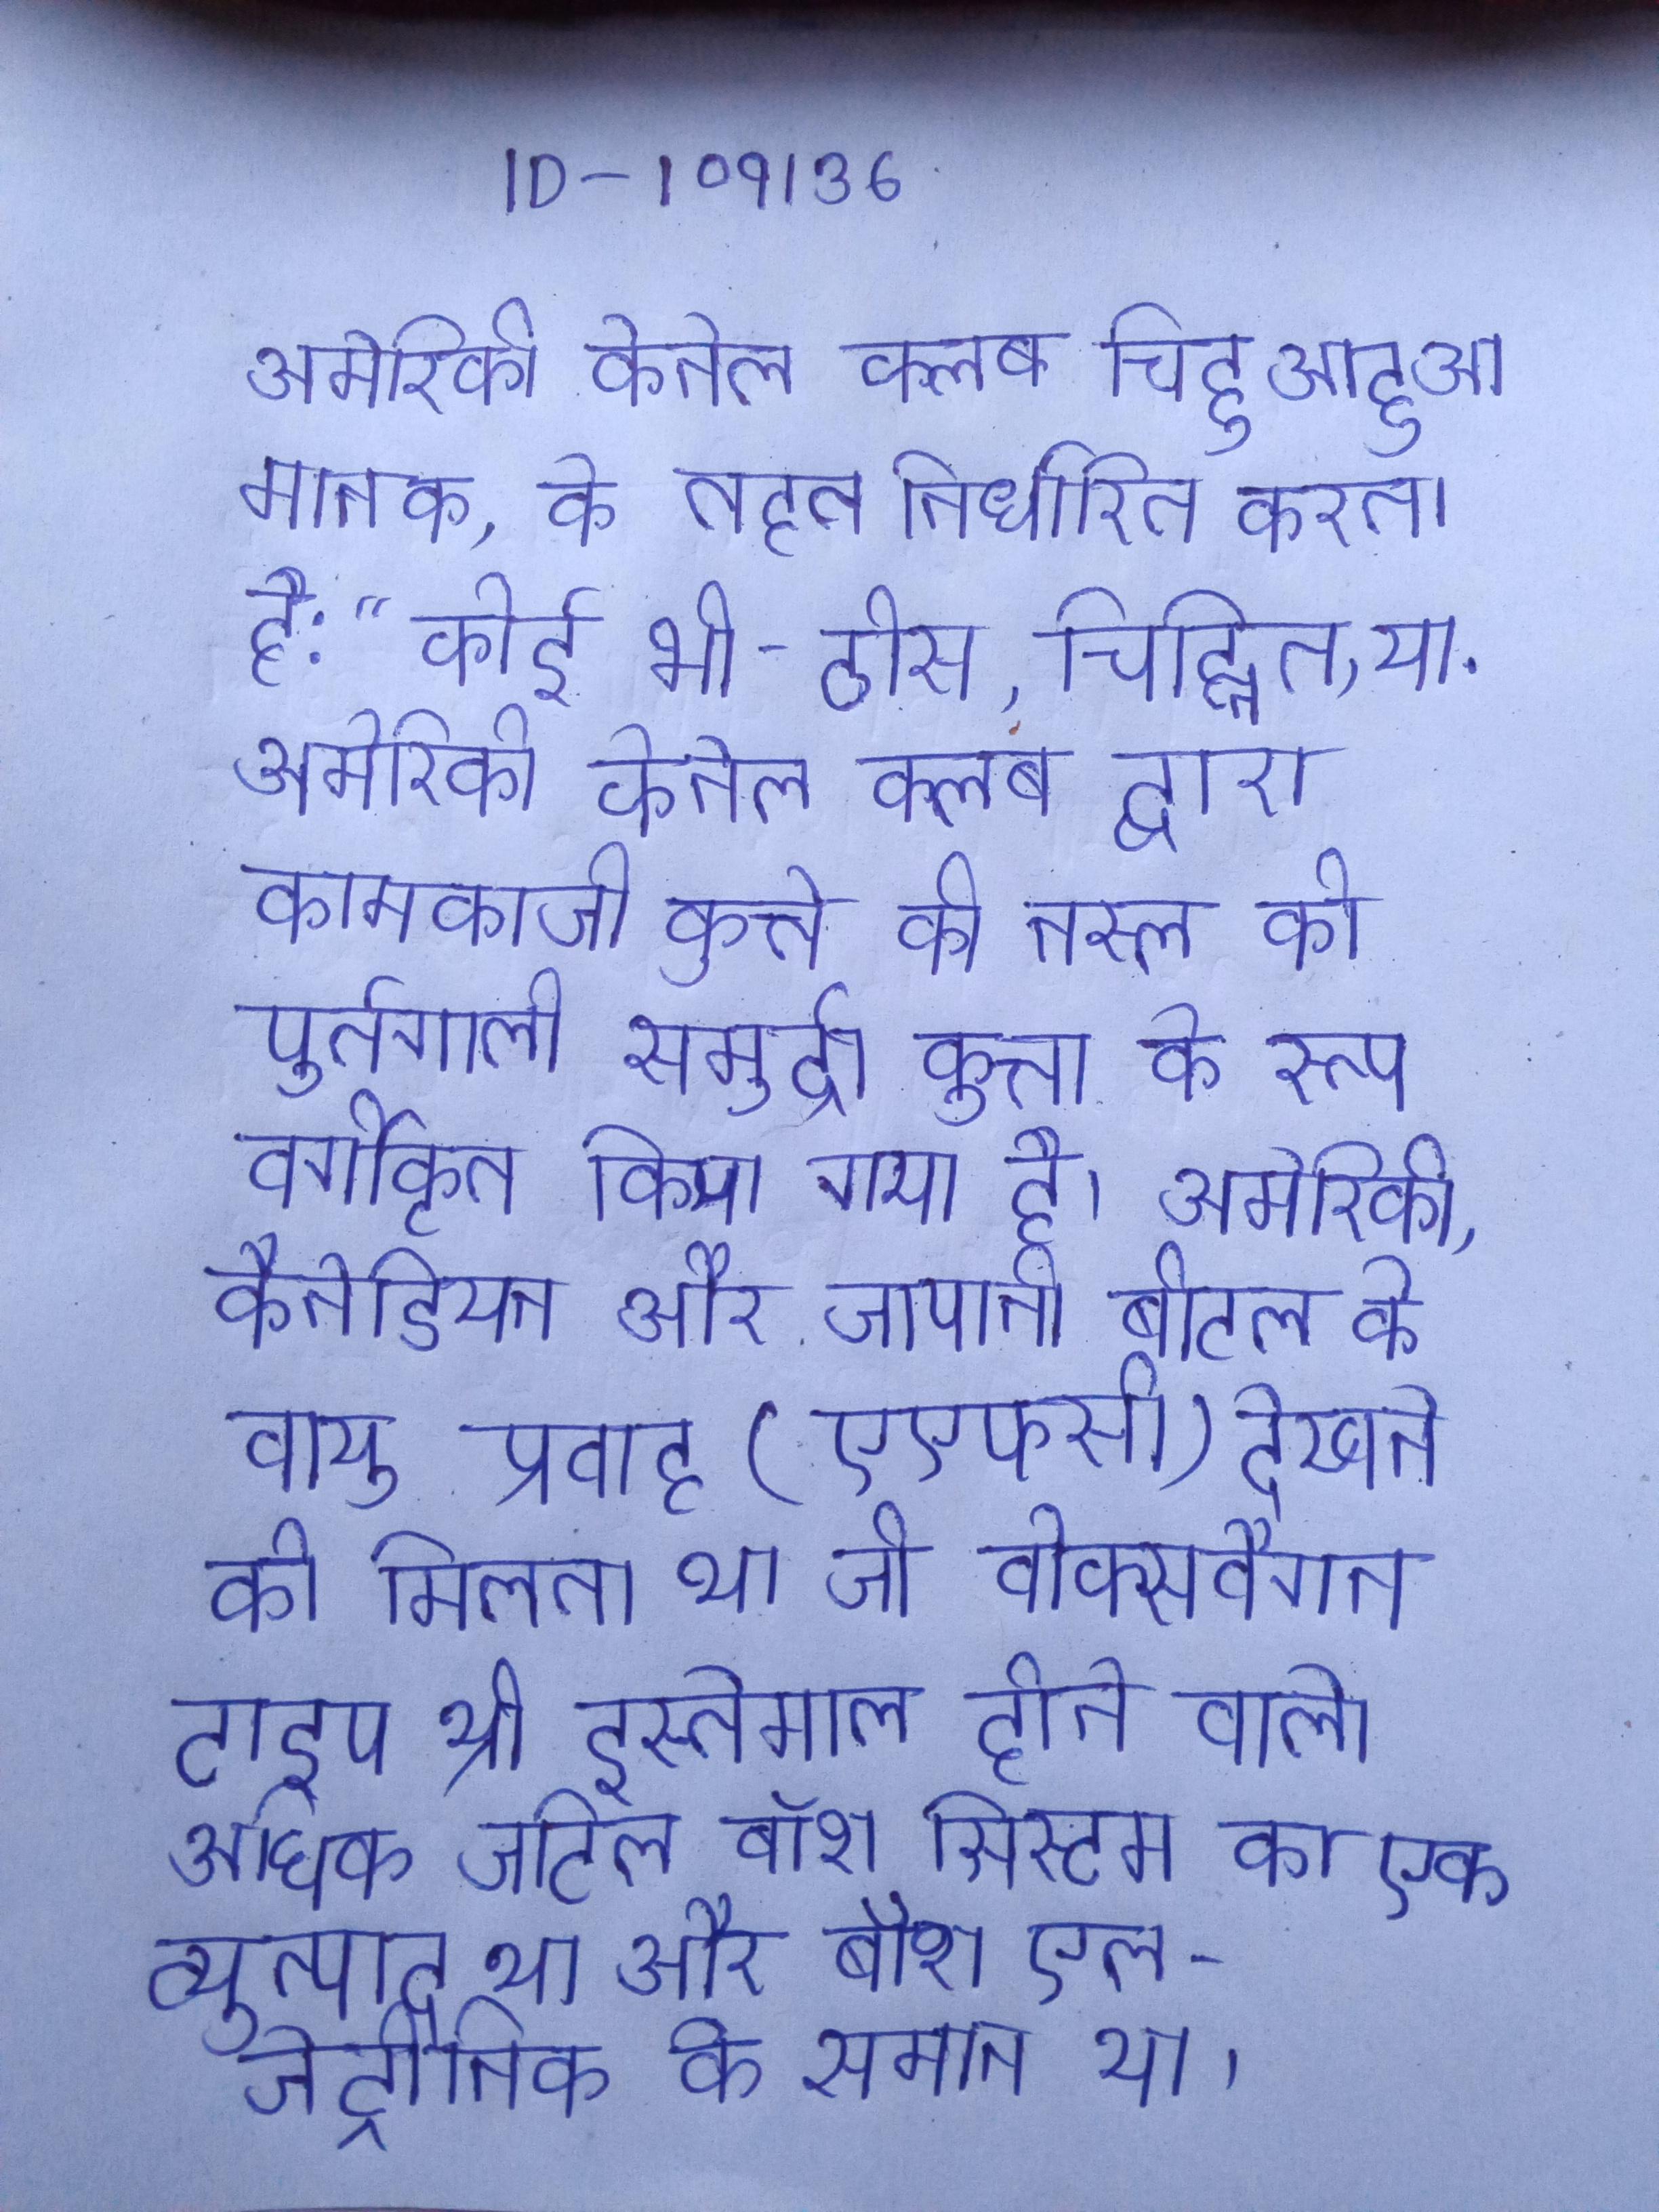
अमेरिकी केनेल क्लब चिहुआहुआ मानक, के तहत निर्धारित करता है: "कोई भी - ठोस, चिह्नित, या . अमेरिकी केनेल क्लब द्वारा कामकाजी कुत्ते की नस्ल को पुर्तगाली समुद्री कुत्ता के रूप वर्गीकृत किया गया है । अमेरिकी, कैनेडियन और जापानी बीटल के के वायु प्रवाह (एएफसी) देखने को मिलता था जो वोक्सवैगन टाइप थ्री इस्तेमाल होने वाले अधिक जटिल बॉश सिस्टम का एक व्युत्पाद था और बॉश एल-जेट्रोनिक के समान था ।